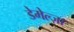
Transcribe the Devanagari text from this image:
डेमेल्ज़ा